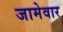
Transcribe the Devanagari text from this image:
जामेवार